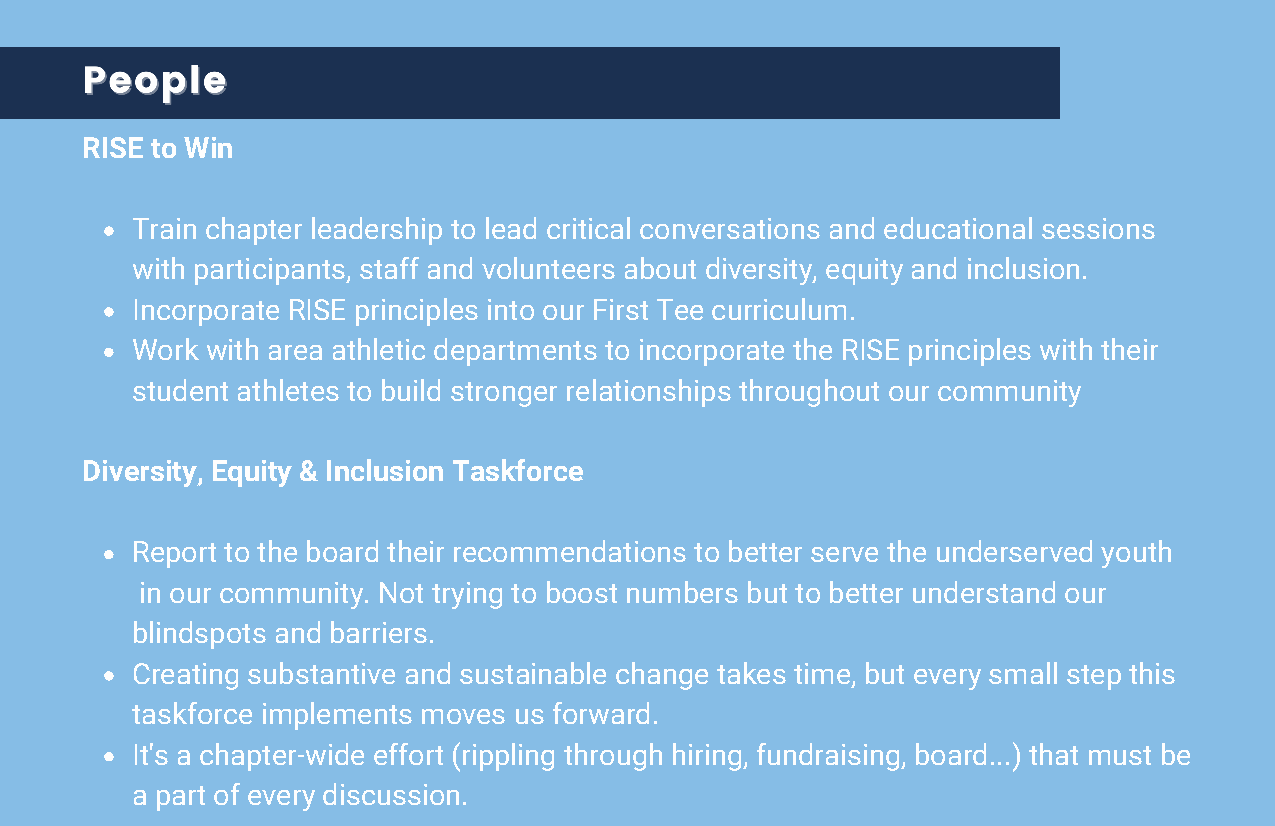
RISE to Win
 Train chapter leadership to lead critical conversations and educational sessions
 with participants, staff and volunteers about diversity, equity and inclusion.
 Incorporate RISE principles into our First Tee curriculum.
 Work with area athletic departments to incorporate the RISE principles with their
 student athletes to build stronger relationships throughout our community
 Diversity, Equity & Inclusion Taskforce
 Report to the board their recommendations to better serve the underserved youth
 in our community. Not trying to boost numbers but to better understand our
 blindspots and barriers.
 Creating substantive and sustainable change takes time, but every small step this
 taskforce implements moves us forward.
 It's a chapter-wide effort (rippling through hiring, fundraising, board...) that must be
 a part of every discussion.